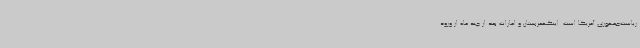
ریاست‌جمهوری آمریکا است. اینکهعربستان و امارات بعد از چند ماه از ورود